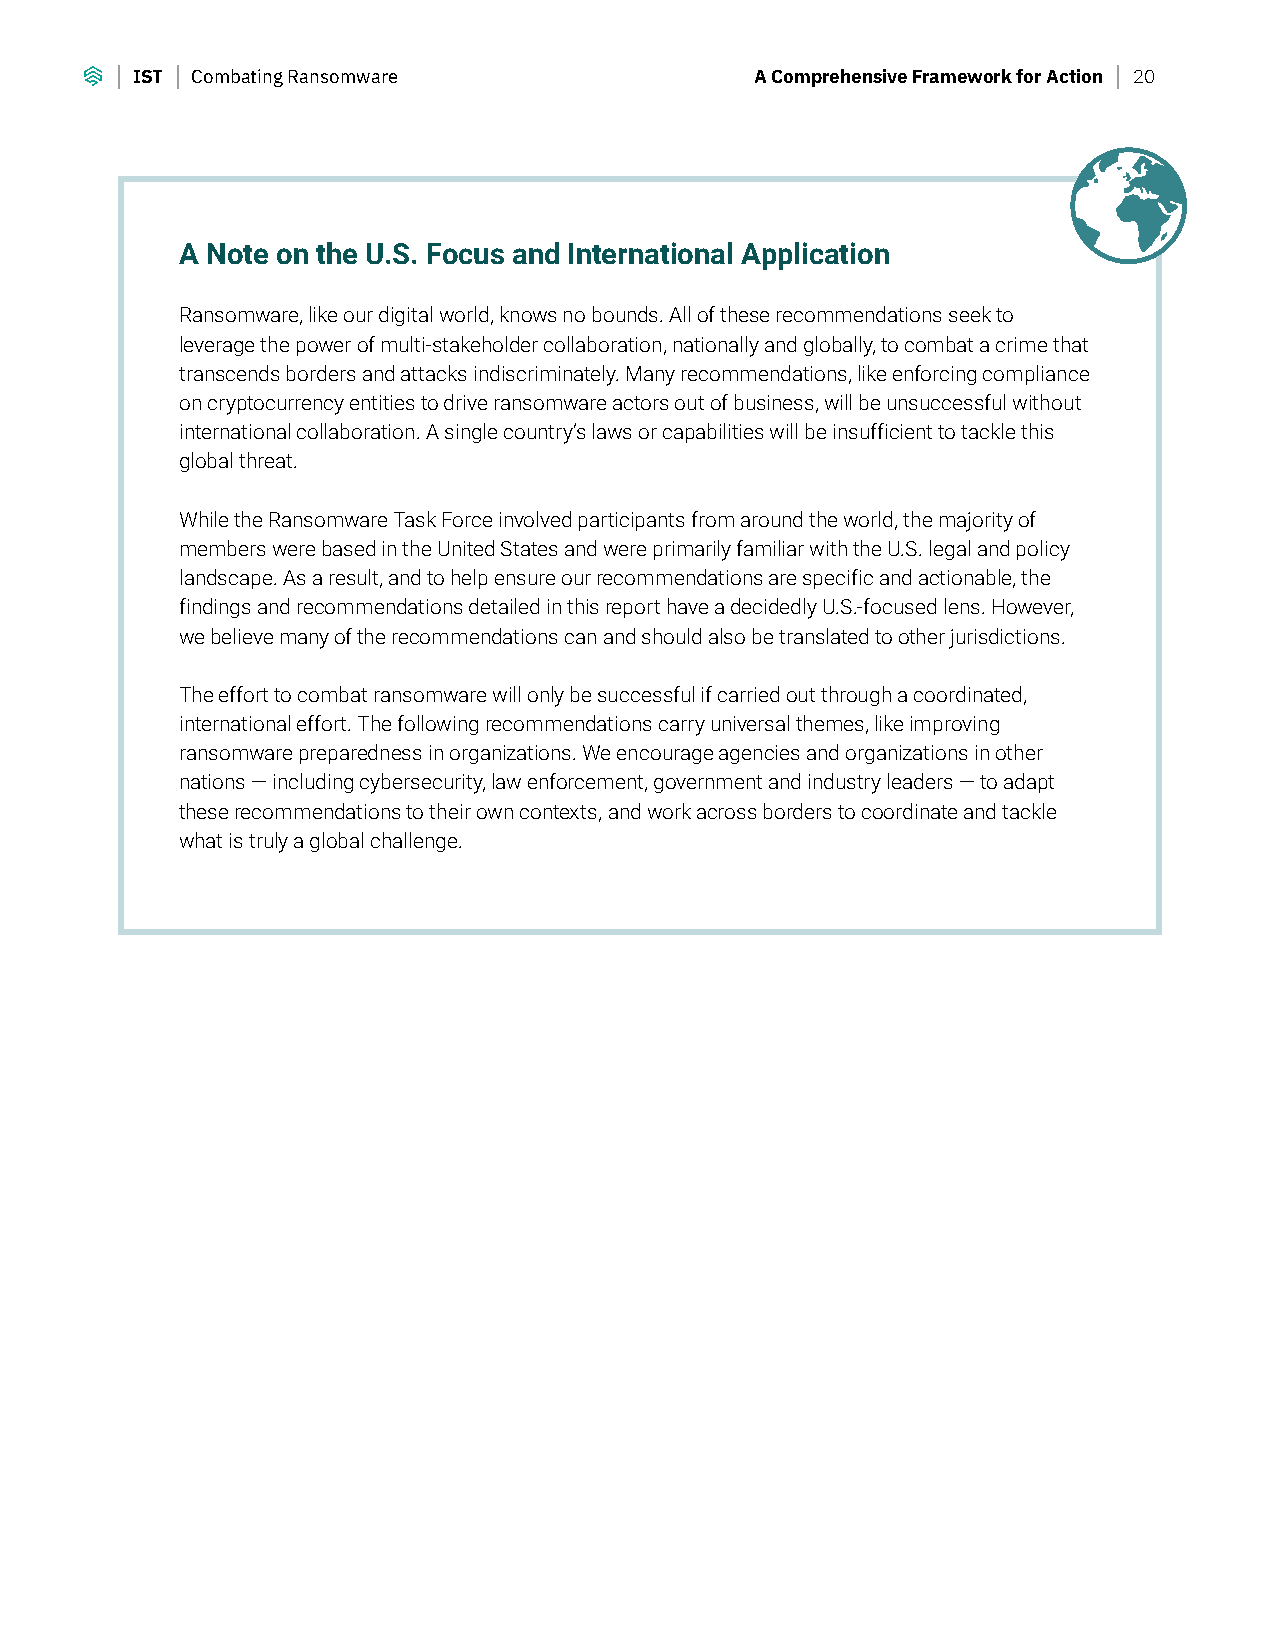
IST Combating Ransomware                 A Comprehensive Framework for Action 20
 A Note on the U.S. Focus and International Application
 Ransomware, like our digital world, knows no bounds. All of these recommendations seek to
 leverage the power of multi-stakeholder collaboration, nationally and globally, to combat a crime that
 transcends borders and attacks indiscriminately. Many recommendations, like enforcing compliance
 on cryptocurrency entities to drive ransomware actors out of business, will be unsuccessful without
 international collaboration. A single country’s laws or capabilities will be insufficient to tackle this
 global threat.
 While the Ransomware Task Force involved participants from around the world, the majority of
 members were based in the United States and were primarily familiar with the U.S. legal and policy
 landscape. As a result, and to help ensure our recommendations are specific and actionable, the
 findings and recommendations detailed in this report have a decidedly U.S.-focused lens. However,
 we believe many of the recommendations can and should also be translated to other jurisdictions.
 The effort to combat ransomware will only be successful if carried out through a coordinated,
 international effort. The following recommendations carry universal themes, like improving
 ransomware preparedness in organizations. We encourage agencies and organizations in other
 nations — including cybersecurity, law enforcement, government and industry leaders — to adapt
 these recommendations to their own contexts, and work across borders to coordinate and tackle
 what is truly a global challenge.